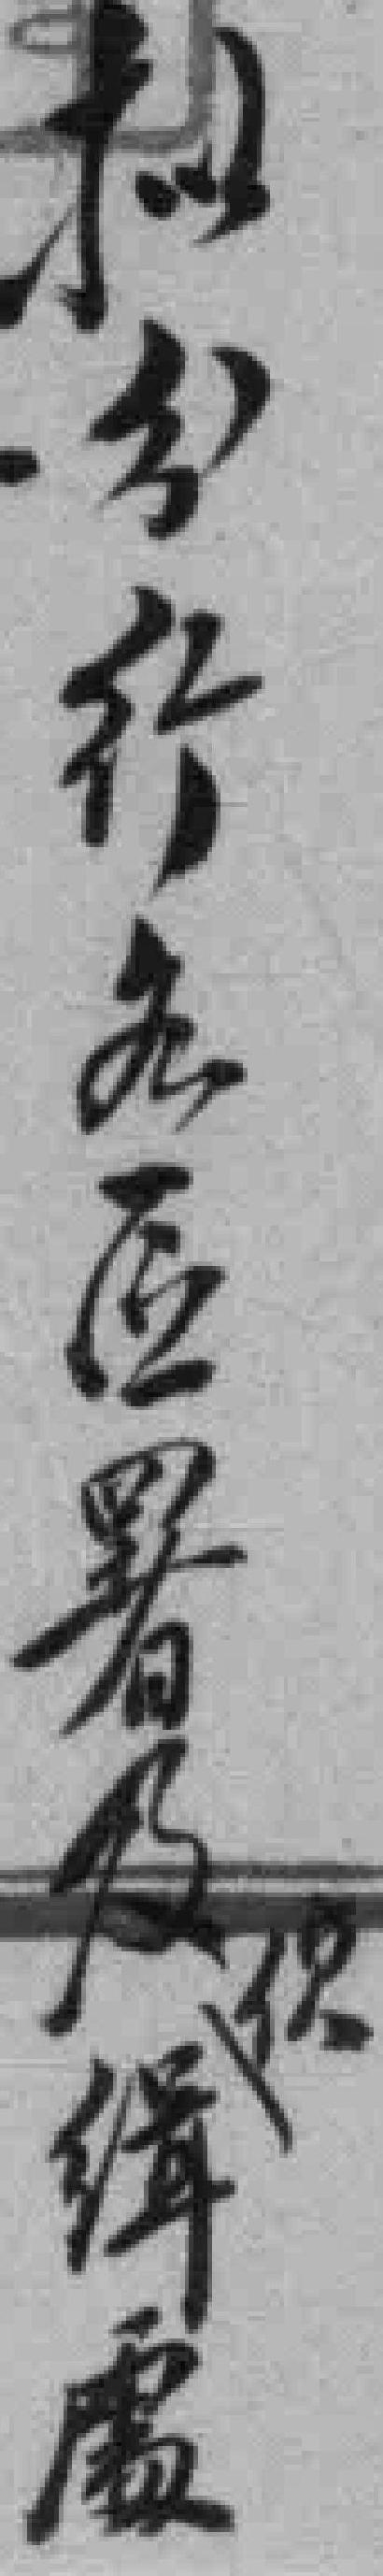
拟分行各區署及*缉*